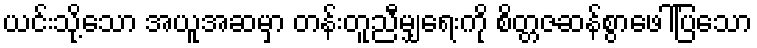
ယင်းသို့သော အယူအဆမှာ တန်းတူညီမျှရေးကို စိတ္တဇဆန်စွာဖေါ်ပြသော